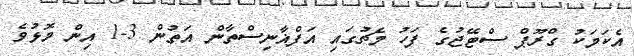
އެކަމަކު ގްރޫޕް ސްޓޭޖުގެ ފަހު މެޗުގައި އަފްޣާނިސްތާން އަތުން 3-1 އިން މޮޅުވެ